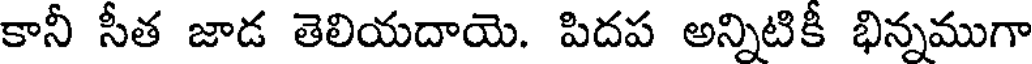
కానీ సీత జాడ తెలియదాయె. పిదప అన్నిటికీ భిన్నముగా